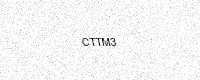
Text: CTTM3